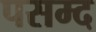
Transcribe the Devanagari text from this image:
पसम्द